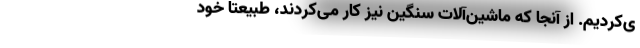
ی‌کردیم. از آنجا که ماشین‌آلات سنگین نیز کار می‌کردند، طبیعتا خود